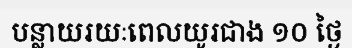
បន្លាយរយៈពេលយូរជាង ១០ ថ្ងៃ